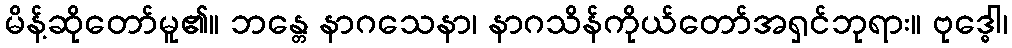
မိန့်ဆိုတော်မူ၏။ ဘန္တေ နာဂသေနာ၊ နာဂသိန်ကိုယ်တော်အရှင်ဘုရား။ ဗုဒ္ဓေါ၊